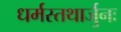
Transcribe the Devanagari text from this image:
धर्मस्तथार्जुनः